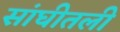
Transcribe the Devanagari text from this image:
सांघीतली